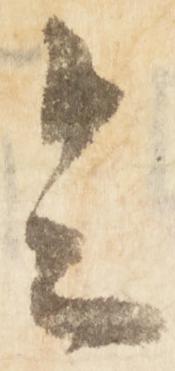
令